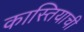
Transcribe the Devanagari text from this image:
कास्तियाची